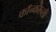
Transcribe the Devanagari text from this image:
कॉन्करन्सी